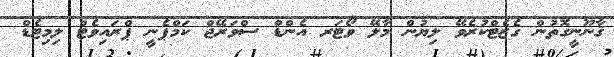
ޤާނޫނީގޮތުން ގެޒެޓްކުރެވޭ ލިޔުން މާލޭ ވޯޓަރ އެންޑް ސްވަރޭޖް ކަމްޕެނީ ޕްރައިވެޓް ލިމިޓެޑް